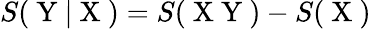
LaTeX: S(\mathrm{~Y~}|\mathrm{~X~})=S(\mathrm{~X~Y~})-S(\mathrm{~X~})